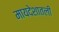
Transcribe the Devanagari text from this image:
मायदेशातली